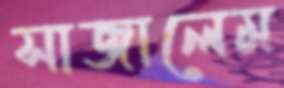
সাজালেম